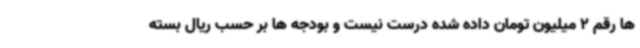
ها رقم 2 میلیون تومان داده شده درست نیست و بودجه ها بر حسب ریال بسته